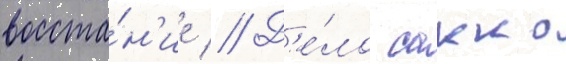
восста́н'ие // Д'е́ло сакко